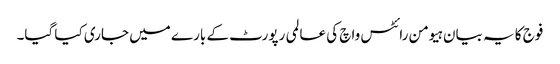
فوج کا یہ بیان ہیومن رائٹس واچ کی عالمی رپورٹ کے بارے میں جاری کیا گیا۔